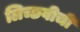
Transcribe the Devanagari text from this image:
लिच्छवीची